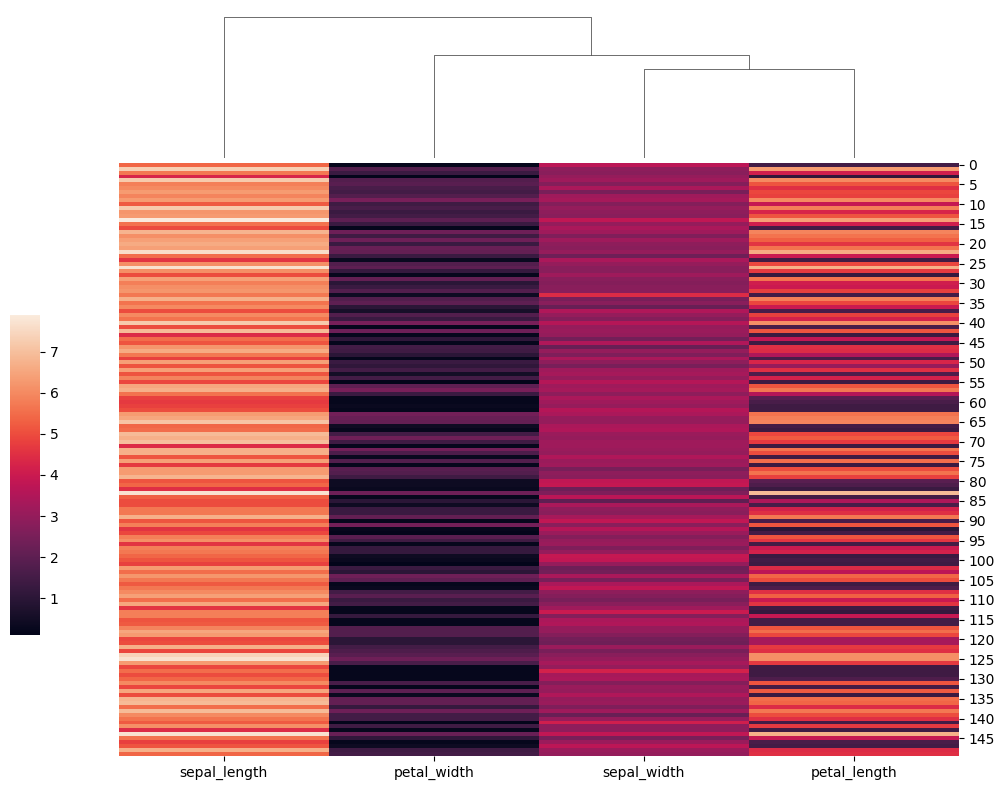
python, seaborn, clustermap, figsize=(10, 8), row_cluster=False, dendrogram_ratio=(0.1, 0.2), cbar_pos=(0, 0.2, 0.03, 0.4)